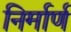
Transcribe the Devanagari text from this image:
निर्मार्ण